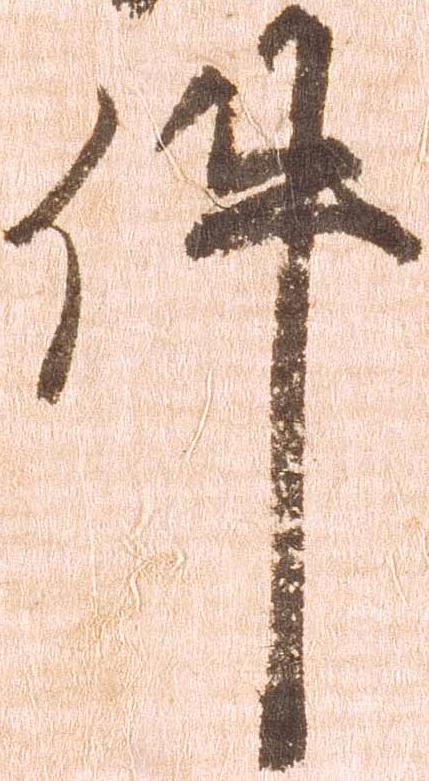
件